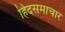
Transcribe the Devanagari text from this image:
हिंदसमाचार